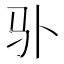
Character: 𲌄